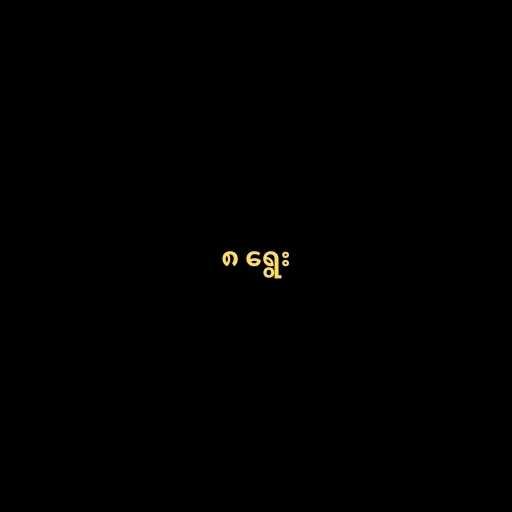
၈ ရွေး